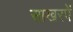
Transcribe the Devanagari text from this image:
साखरपें